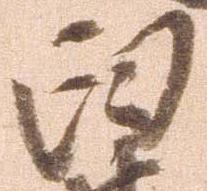
臼